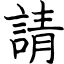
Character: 請